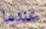
عندما